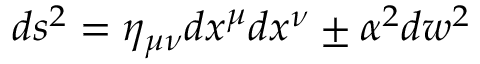
d s ² = \eta _ { \mu \nu } d x ^ { \mu } d x ^ { \nu } \pm \alpha ^ { 2 } d w ^ { 2 }